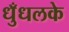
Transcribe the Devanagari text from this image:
धुँधलके